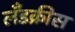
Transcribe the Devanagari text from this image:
लँडक्रीस